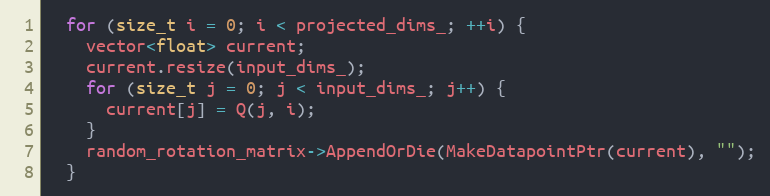
Language: C++
  for (size_t i = 0; i < projected_dims_; ++i) {
    vector<float> current;
    current.resize(input_dims_);
    for (size_t j = 0; j < input_dims_; j++) {
      current[j] = Q(j, i);
    }
    random_rotation_matrix->AppendOrDie(MakeDatapointPtr(current), "");
  }